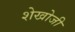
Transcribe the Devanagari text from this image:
शेखोजी